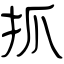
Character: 抓